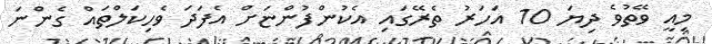
މިއީ ވޭތުވެ ދިޔަ 10 އަހަރު ތެރޭގައި އެކުންފުންޏަށް އެފަދަ ވެހިކަލްތައް ގެންނަ